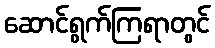
ဆောင်ရွက်ကြရာတွင်